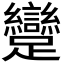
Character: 𮜭